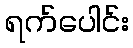
ရက်ပေါင်း